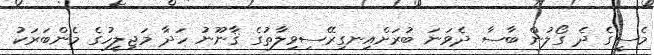
މެސީގެ ދެ ގޯލުން ބާސާ ދެވަނަ ބުރަށްއިނގިރޭސިވިލާތުގެ ޤާނޫނު ހަދާ މަޖިލީހުގެ މެންބަރަކު